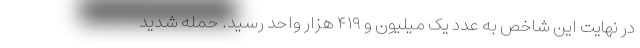
در نهایت این شاخص به عدد یک میلیون و ۴۱۹ هزار واحد رسید. حمله شدید